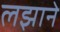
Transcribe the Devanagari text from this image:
लझाने